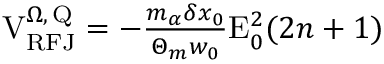
\begin{array} { r } { \mathrm { V } _ { \mathrm { R F J } } ^ { \Omega , \, \mathrm { Q } } = - \frac { m _ { \alpha } \delta x _ { 0 } } { \Theta _ { m } w _ { 0 } } \mathrm { E } _ { 0 } ^ { 2 } ( 2 n + 1 ) } \end{array}